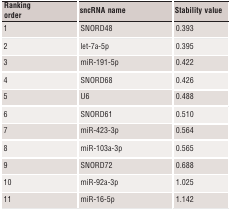
| Ranking order | sncRNA name | Stability value |
 | --- | --- | --- |
 | 1 | SNORD48 | 0.393 |
 | 2 | let‐7a‐5p | 0.395 |
 | 3 | miR‐191‐5p | 0.422 |
 | 4 | SNORD68 | 0.426 |
 | 5 | U6 | 0.488 |
 | 6 | SNORD61 | 0.510 |
 | 7 | miR‐423‐3p | 0.564 |
 | 8 | miR‐103a‐3p | 0.565 |
 | 9 | SNORD72 | 0.688 |
 | 10 | miR‐92a‐3p | 1.025 |
 | 11 | miR‐16‐5p | 1.142 |